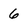
Character: 6